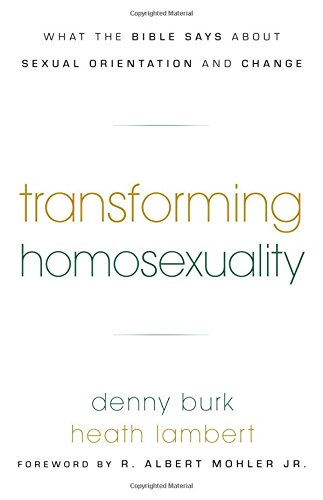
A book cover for Transforming Homosexuality: What the Bible Says about Sexual Orientation and Change; Denny Burk; Christian Books & Bibles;